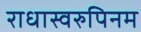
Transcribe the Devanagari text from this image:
राधास्वरुपिनम